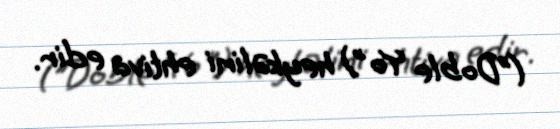
("Doble Yo") heykəlini ehtiva edir.